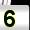
Digit: 5